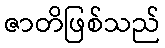
ဇာတိဖြစ်သည်